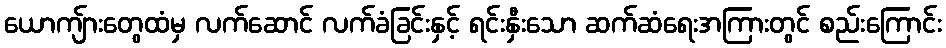
ယောကျ်ားတွေထံမှ လက်ဆောင် လက်ခံခြင်းနှင့် ရင်းနှီးသော ဆက်ဆံရေးအကြားတွင် စည်းကြောင်း